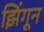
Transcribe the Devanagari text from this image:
झिंगून